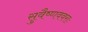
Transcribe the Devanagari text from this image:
सुवैष्णववराः